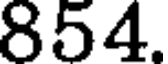
854.